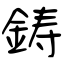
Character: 鋳